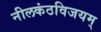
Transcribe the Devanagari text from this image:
नीलकंठविजयम्